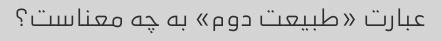
عبارت «طبیعت دوم» به چه معناست؟